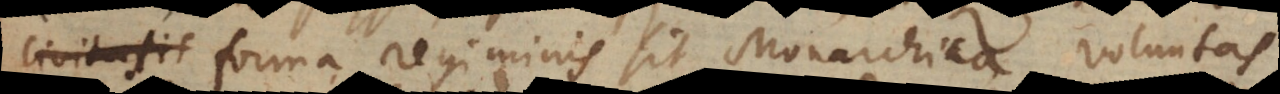
civitatis forma regiminis sit Monarchica, voluntas